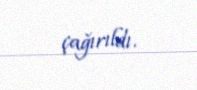
çağırıldı.